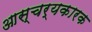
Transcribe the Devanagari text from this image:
आस्चर्यकारक